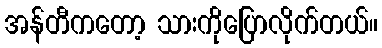
အန်တီကတော့ သားကိုပြောလိုက်တယ်။